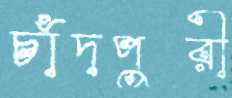
চাঁদপুরী